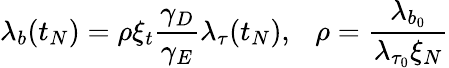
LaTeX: \lambda_{b}(t_{N})=\rho\xi_{t}\frac{\gamma_{D}}{\gamma_{E}}\lambda_{\tau}(t_{N}),~~~\rho=\frac{\lambda_{b_{0}}}{\lambda_{\tau_{0}}\xi_{N}}